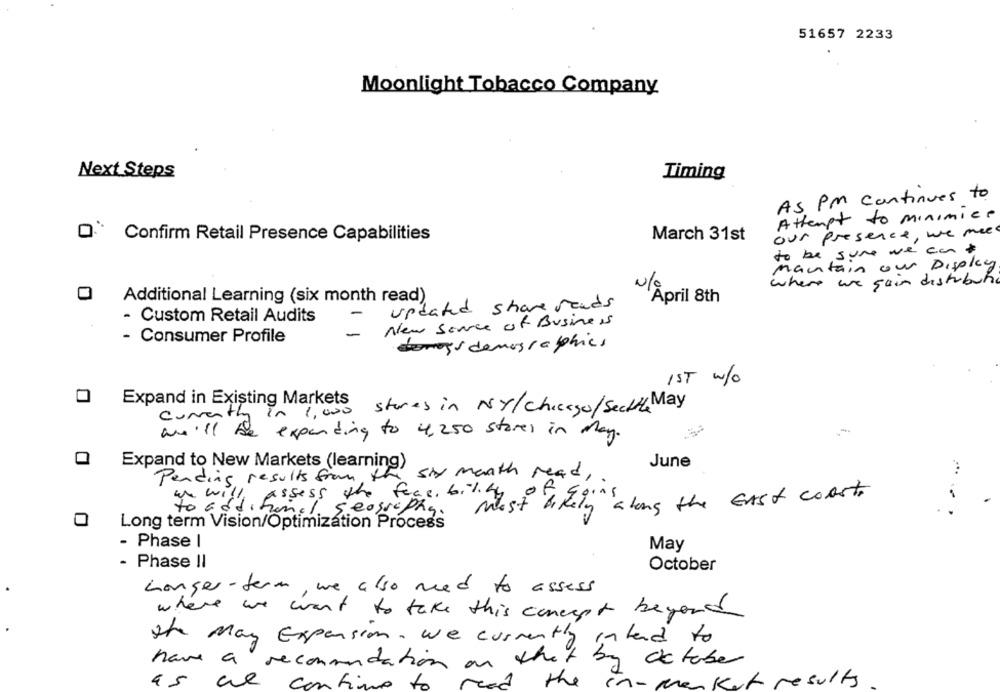
51657 2233
Moonlight Tobacco Company
Next Steps
Timing
AS PM continues to
Attempt to minimice
our presence , we meet
Confirm Retail Presence Capabilities
March 31st
to be sure we can t
maintain our Display
where we gain distributie
N/
0
Additional Learning (six month read)
updated share reads
'April 8th
Custom Retail Audits
-
New Source of Business
Consumer Profile
1ST w/o
Expand in Existing Markets
1,000 stores in NY/Chicago/Secit May
Currenti
in
we'll be expending to 4,250 stores in May.
Expand to New Markets (learning)
June
Pending results from the
six month read ,.
assess the feasibility of
most likely along the EAST COAST,
Seosscpha .
0
Long term Vision/Optimization Process
- Phase I
May
- Phase II
October
Longer-term, we also need to assess
where we want to take this concept beyond
the May Expansion, we currently intend to
have a recommendation on that by
october
as we
the
In- market results
time to